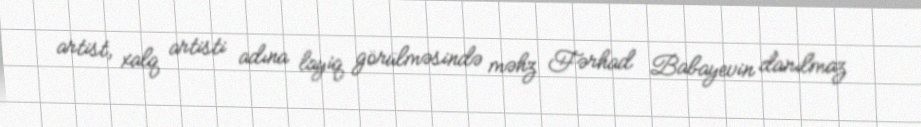
artist, xalq artisti adına layiq görülməsində məhz Fərhad Babayevin danılmaz